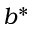
b ^ { * }